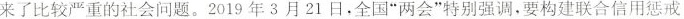
来了比较严重的社会问题。2019年3月21日，全国”两会”特别强调，要构建联合信用惩戒